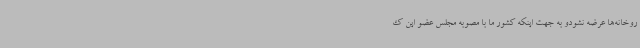
روخانه‌ها عرضه نشودو به جهت اینکه کشور ما با مصوبه مجلس عضو این ک